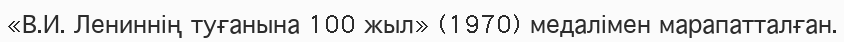
«В.И. Лениннің туғанына 100 жыл» (1970) медалімен марапатталған.